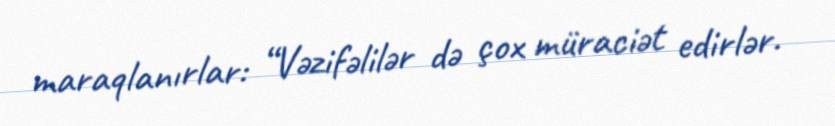
maraqlanırlar: “Vəzifəlilər də çox müraciət edirlər.